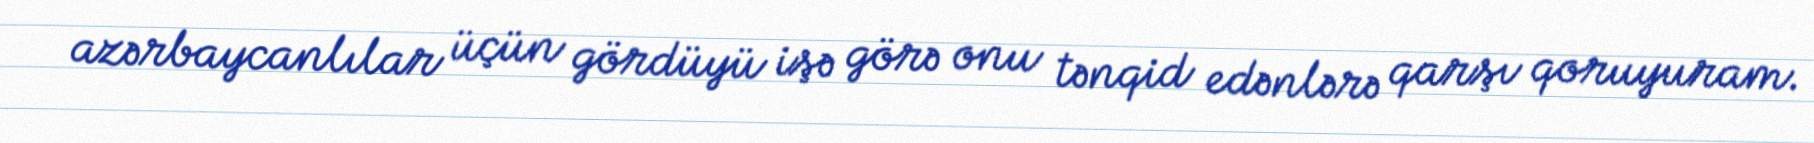
azərbaycanlılar üçün gördüyü işə görə onu tənqid edənlərə qarşı qoruyuram.